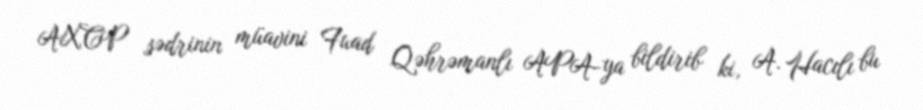
AXCP sədrinin müavini Fuad Qəhrəmanlı APA-ya bildirib ki, A. Hacılı bu